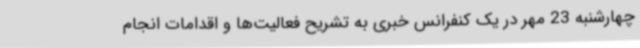
چهارشنبه 23 مهر در یک کنفرانس خبری به تشریح فعالیت‌ها و اقدامات انجام